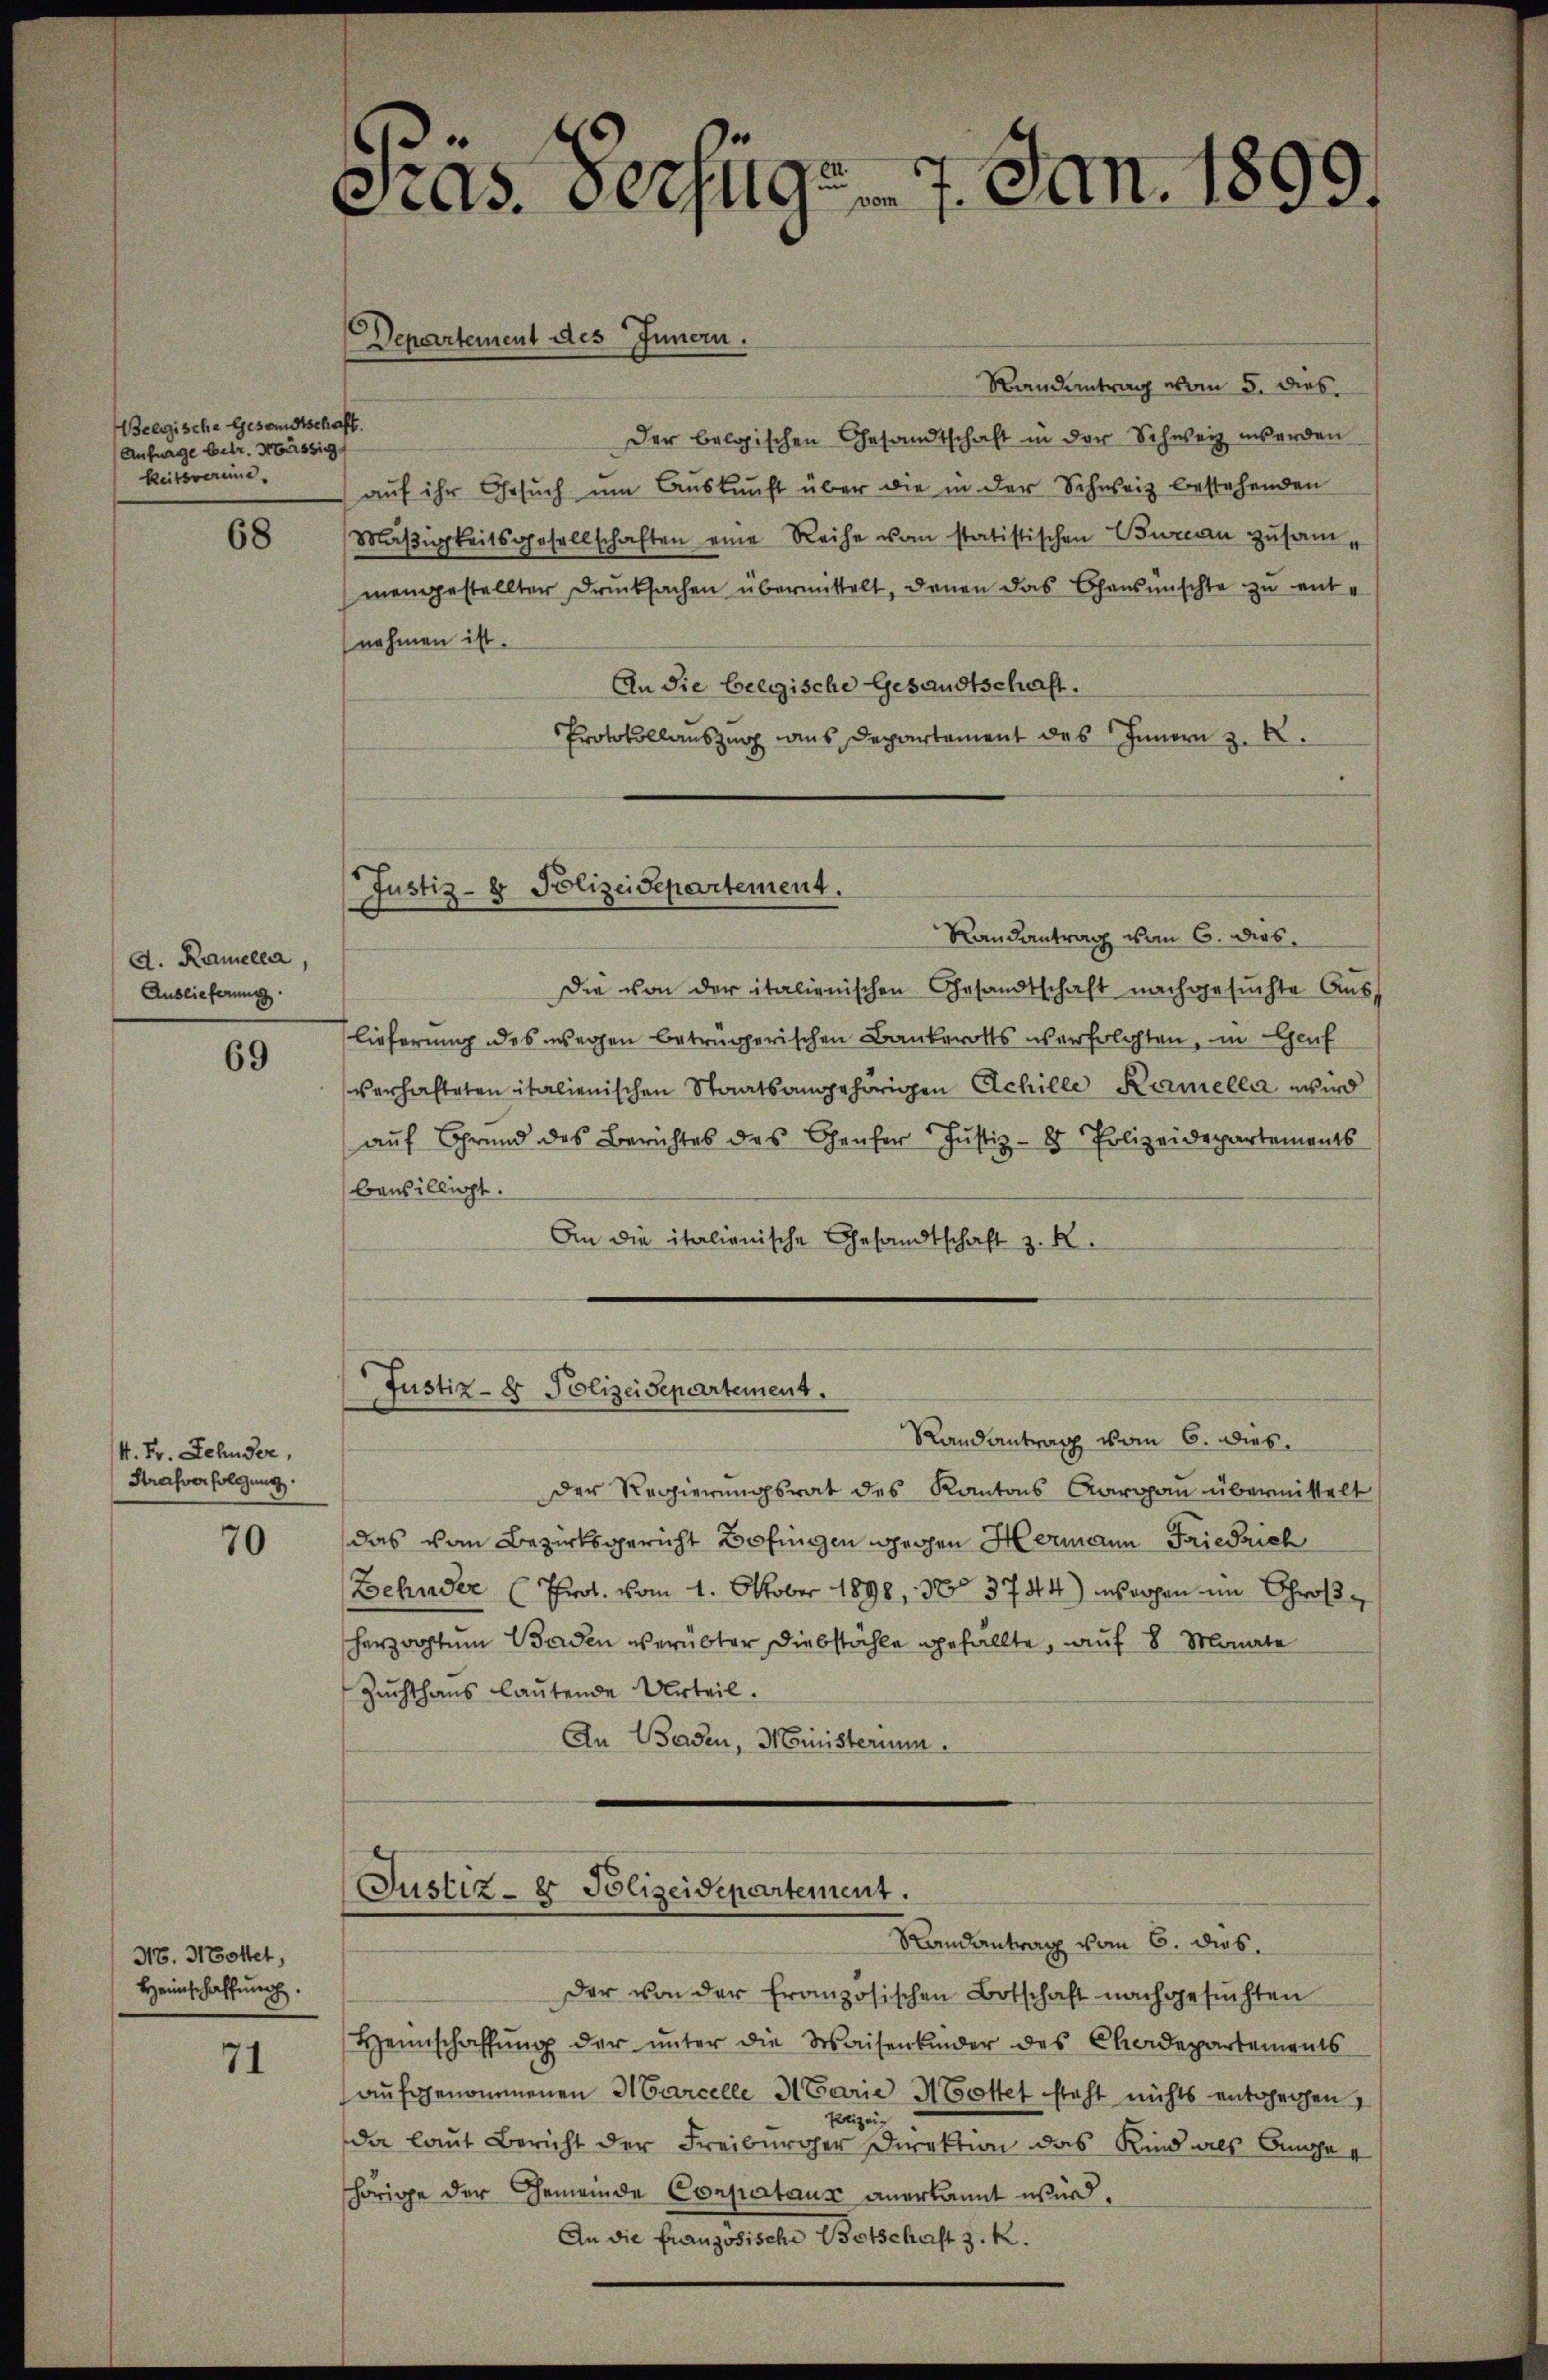
Belgische Gesandtschaft.
Anfrage betr. Mässig
Reitsvereine

68

d. Ramelca,
Auslieferung

69

4. Fr. Sehnder,
Strafverfolgung.

70

NB. Mottet,
Heimschaffung.

71

Pras. Serzugs 7. Jan. 1899.

Randantrag vom 5. dies
Der belgischen Gesandtschaft in der Schweiz werden
auf ihr Gesuch um Auskunft über die in der Schweiz bestehenden
Mäßigkeitsgesellschaften eine Reihe vom statistischen Bureau zusammengestellten Drucksachen übermittelt, denen das Chansmischte zu entnehmen ist.
An die belgische Gesandtschaft.
Protokollauszug aus Departement des Innern z. B.
Justiz- & Polizeidepartement.
Randantrag vom 6. dies
Die von der italienischen Gesandtschaft nachgesuchte Auslieferung des wegen betrügerischen Bankerotts überfolgten, in auf
verhalteten italienischen Staatsangehörigen Achille Kamella wird
aŭf Grund des Berichtes des Genfer Justiz- & Polizeidepartements
bewilligt.
An die italienische Gesandtschaft z. R.

Departement des Innern.

Justiz- & Polizeisepartement.

Randantrag vom 6. dies
Der Regierungsrat des Kantons Aargau übermittelt
das von Bezirksgericht Bofingen gegen Hermann Friedrich
Behnder (Prol. vom 1. Oktober 1898, No 3744) morgen im Großherzogtum Baden verübter Diebstähle gefällte, auf 8 Monate
Zuchthaus lautende Urteil.
An Baden, Ministerium.

Justiz- & Polizeidepartement.
Randantrag vom 6. dies.

Der von der französischen Botschaft nachgesuchten
Heimschaffŭng der ŭnter die Waisenkinder des Chardepartements
aufgenommenen Marcelle 3 Parie Mottet steht nichts entgehen,
Polizei-
da laut Bericht der Freiburger Direktion das Kind als Angehörige der Gemeinde Corportaus anerkannt wird.
An die französische Botschaft z. K.